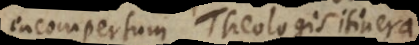
incompertum Theologis itinera